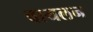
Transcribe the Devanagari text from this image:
वायलन